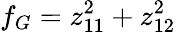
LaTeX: f_{G}=z_{11}^{2}+z_{12}^{2}